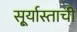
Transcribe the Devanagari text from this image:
सू्र्यास्ताची